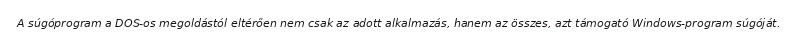
A súgóprogram a DOS-os megoldástól eltérően nem csak az adott alkalmazás, hanem az összes, azt támogató Windows-program súgóját.